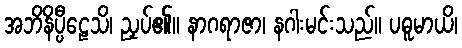
အဘိနိပ္ပီဠေသိ၊ ညှပ်၏။ နာဂရာဇာ၊ နဂါးမင်းသည်။ ပဓူမာယိ၊